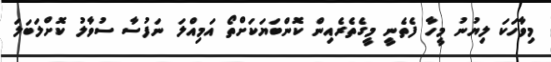
މިވާހަކަ ލިޔުނު މީހާ ފެތެނީ މީގެތެރެއިން ކޮންބަޔަކަށްތޯ އަމިއްލަ ނަފުސާ ސުވާލު ކޮށްލަބަލަ